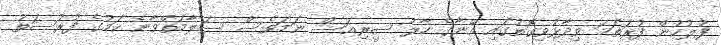
ފުލުހުން ފުރަތަމަ ވިދާޅުވިގޮތުގައި އޭނާގެ ހާލު ސީރިއަސް ނަމަވެސް ސަލާމަތްވާނެ ކަމުގެ ފުރުސަތު